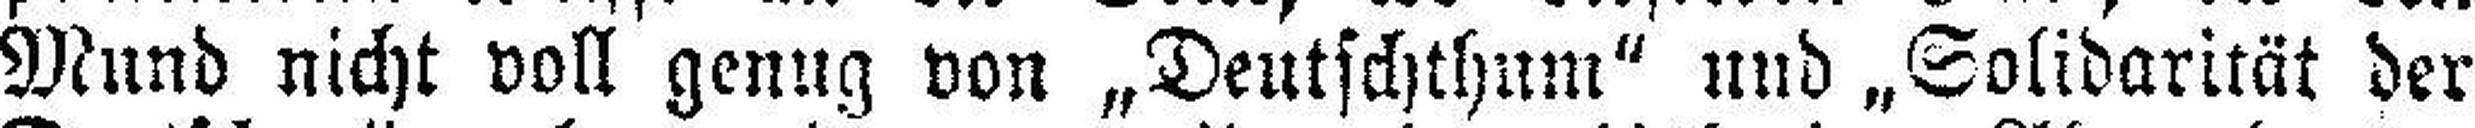
Mund nicht voll genug von „Deutschthum“ und „Solidarität der